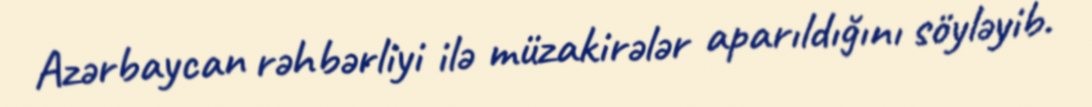
Azərbaycan rəhbərliyi ilə müzakirələr aparıldığını söyləyib.